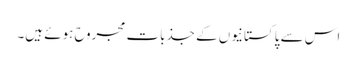
اس سے پاکستانیوں کے جذبات مجروح ہوئے ہیں۔